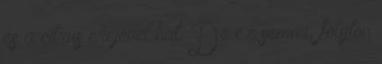
és a citrus erejével hat. De ez semmi, folyton